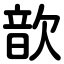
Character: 歆